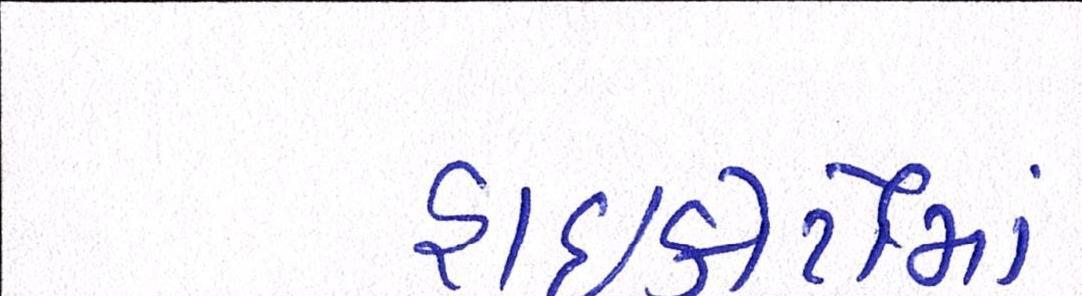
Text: હાઇકોર્ટોમાં